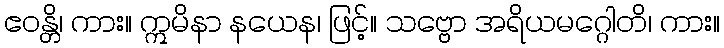
ဧဝန္တိ၊ ကား။ ဣမိနာ နယေန၊ ဖြင့်။ သဗ္ဗော အရိယမဂ္ဂေါတိ၊ ကား။